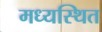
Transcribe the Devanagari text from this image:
मध्यस्थित